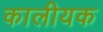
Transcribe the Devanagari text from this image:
कालीयक